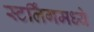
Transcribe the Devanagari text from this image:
स्टर्लिंगमध्ये